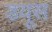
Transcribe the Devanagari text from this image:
डयूस